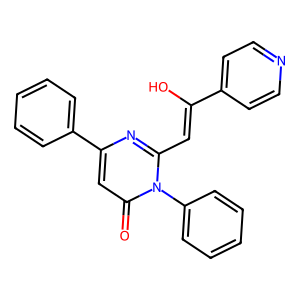
SMILES: O=c1cc(-c2ccccc2)nc(C=C(O)c2ccncc2)n1-c1ccccc1
Inhibits HIV replication: No